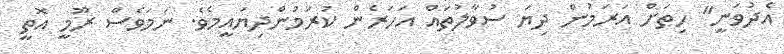
އެދުވަނީ" ހިތަށް އަރަމުން ދިޔަ ސުވާލުތައް އަހަރެން ކުރަމުންދިޔައީމެވެ. ނަމަވެސް ރޫމީ އޮތީ